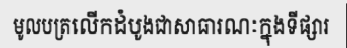
មូលបត្រលើកដំបូងជាសាធារណៈក្នុងទីផ្សារ